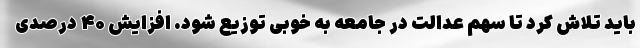
باید تلاش کرد تا سهم عدالت در جامعه به خوبی توزیع شود. افزایش ۴۰ درصدی